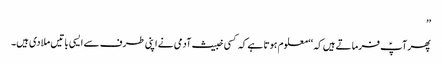
’’
پھر آپؑ فرماتے ہیں کہ ‘‘معلوم ہوتا ہے کہ کسی خبیث آدمی نے اپنی طرف سے ایسی باتیں ملا دی ہیں۔